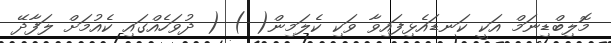
މޮލިބްޑިނަމް އަކީ ކަނޑައެޅިފައިވާ ވަކި ކެލަމިން( ) ( ދުވަހެއްގައި ކެއުމަށް ލަފާދޭ